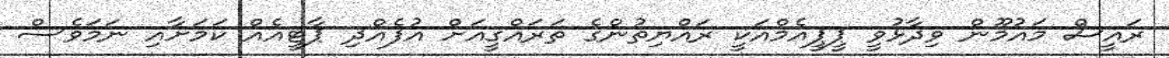
ރައީސް މައުމޫން ވިދާޅުވީ ޕީޕީއެމްއަކީ ރައްޔިތުންގެ ތަރައްގީއަށް އުފެއްދި ޕާޓީއެއް ކަމަށާއި ނަމަވެސް